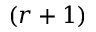
( r + 1 )